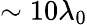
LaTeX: \sim 10\lambda_{0}